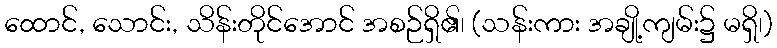
ထောင်, သောင်း, သိန်းတိုင်အောင် အစဉ်ရှိ၏၊ (သန်းကား အချို့ကျမ်း၌ မရှိ၊)